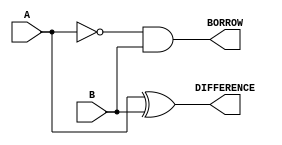
module half_sub (input A, B, output DIFFERENCE, BORROW);
	wire S1;

	xor(DIFFERENCE, A, B);
	nor(S1, A);
	and(BORROW, S1, B);
endmodule